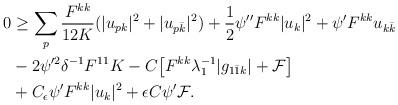
LaTeX: \begin{align*} \begin{aligned}0 &\geq \sum_p\frac{F^{kk}}{12K}(|u_{pk}|^2 + |u_{p\bar k}|^2) +\frac{1}{2}\psi'' F^{kk}|u_k|^2 + \psi' F^{kk}u_{k\bar k} \\&- 2\psi'^2\delta^{-1}F^{11}K - C\big[F^{kk}\lambda_1^{-1}|g_{1\bar 1k}| + \mathcal{F}\big] \\&+ C_\epsilon\psi'F^{kk}|u_k|^2 + \epsilon C\psi'\mathcal{F}. \end{aligned}\end{align*}